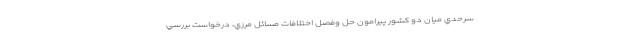
سرحدي ميان دو‌ كشور پيرامون حل وفصل اختلافات مسائل مرزي، درخواست بررسي